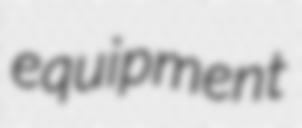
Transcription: equipment